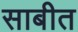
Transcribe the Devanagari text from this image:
साबीत